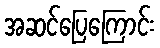
အဆင်ပြေကြောင်း